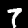
Label: 7